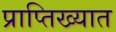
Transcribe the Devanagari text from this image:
प्राप्तिख्यात